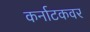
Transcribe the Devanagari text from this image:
कर्नाटकवर